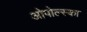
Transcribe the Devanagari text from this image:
ओपोल्स्का